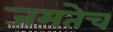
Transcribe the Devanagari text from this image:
जमतेच